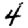
Digit: 4